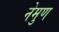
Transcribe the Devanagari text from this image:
नेमुण